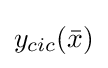
y_{cic}({\bar {x}})